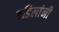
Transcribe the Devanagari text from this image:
बडिलांनी